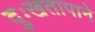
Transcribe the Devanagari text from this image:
दुःखतापाने